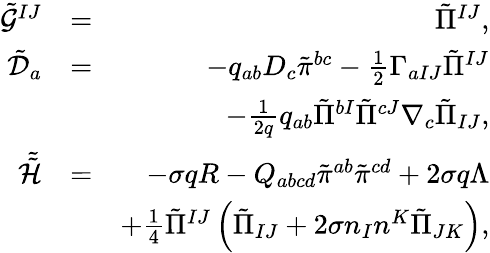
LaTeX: \begin{array}{rlr}{\tilde{\mathcal{G}}^{IJ}}&{=}&{\tilde{\Pi}^{IJ},}\\ {\tilde{\mathcal{D}}_{a}}&{=}&{-q_{ab}D_{c}\tilde{\pi}^{bc}-\frac{1}{2}\Gamma_{aIJ}\tilde{\Pi}^{IJ}}\\ &{}&{-\frac{1}{2q}q_{ab}\tilde{\Pi}^{bI}\tilde{\Pi}^{cJ}\nabla_{c}\tilde{\Pi}_{IJ},}\\ {\tilde{\tilde{\mathcal{H}}}}&{=}&{-\sigma qR-Q_{abcd}\tilde{\pi}^{ab}\tilde{\pi}^{cd}+2\sigma q\Lambda}\\ &{}&{+\frac{1}{4}\tilde{\Pi}^{IJ}\left(\tilde{\Pi}_{IJ}+2\sigma n_{I}n^{K}\tilde{\Pi}_{JK}\right),}\end{array}